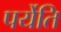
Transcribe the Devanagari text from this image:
पर्येति